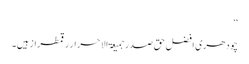
‘‘
چودھری افضل حق صدر جمیعۃ الاحرار رقمطراز ہیں۔